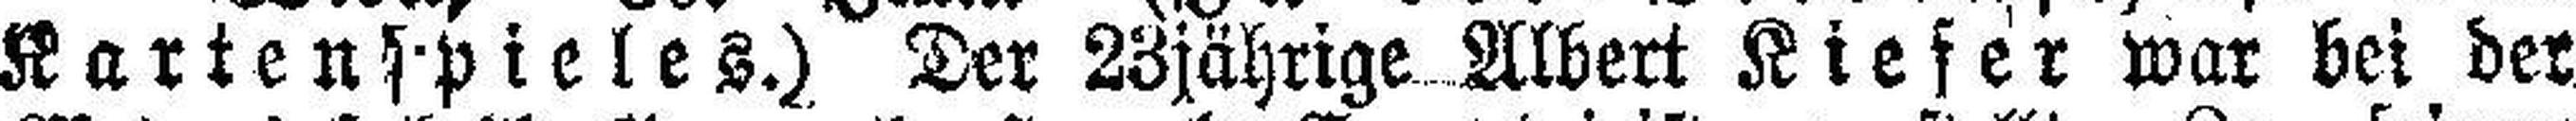
Kartenspieles.) Der 23jährige Albert Kiefer war bei der